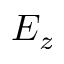
E _ { z }